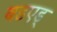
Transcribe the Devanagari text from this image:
बडएड्